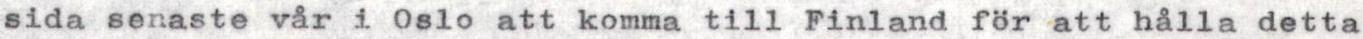
sida senaste vår i Oslo att komma till Finland för att hålla detta